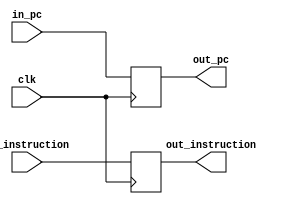

module IF_ID( clk, in_pc, in_instruction, out_pc, out_instruction );
	input clk ;
	input [31:0] in_pc, in_instruction ;
	output [31:0] out_pc, out_instruction ;
	reg [31:0] out_pc, out_instruction ;

	
	always @( posedge clk ) begin
		out_pc = in_pc ;
		out_instruction = in_instruction ;
	end
	
endmodule